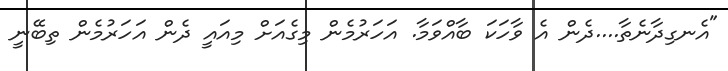
"އެނގިދާނެތާ....ދެން އެ ވާހަކަ ބާއްވަމާ. އަހަރުމެން މިގެއަށް މިއައީ ދެން އަހަރުމެން ތިބޭނީ